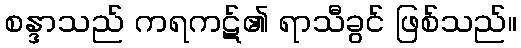
စန္ဒာသည် ကရကဋ်၏ ရာသီခွင် ဖြစ်သည်။